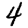
Digit: 4